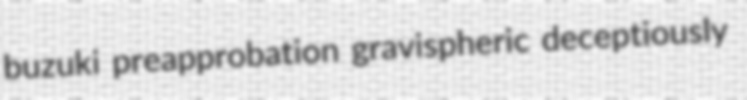
buzuki preapprobation gravispheric deceptiously